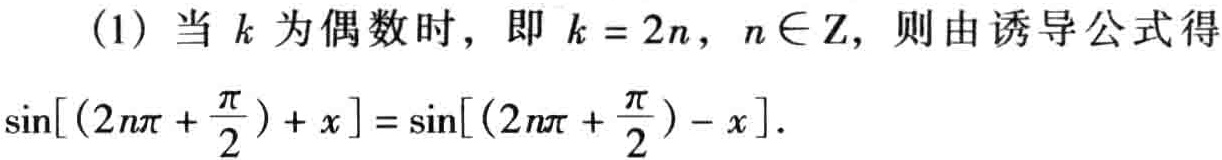
(1) 当 \(k\) 为偶数时，即 \(k = 2n\)，\(n\in \mathbb{Z}\)，则由诱导公式得

\(\sin\left[\left(2n\pi+\frac{\pi}{2}\right)+x\right]=\sin\left[\left(2n\pi+\frac{\pi}{2}\right)-x\right]\)。